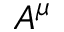
A ^ { \mu }